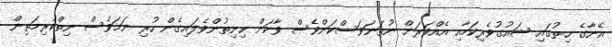
އޭނާގެ ހިތުގައި ޝައުގުވެރިކަމާއި އެއްވަރަށް ނުތަނަވަސްކަންވެސް ވާކަން ހިނިތުންވެލައިގެން ހުރި ނަމަވެސް ނިތްކުރިމަތިން